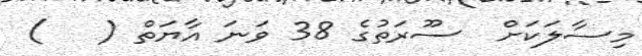
މިސާލަކަށް  ސޫރަތުގެ 38 ވަނަ އާޔަތް (   )